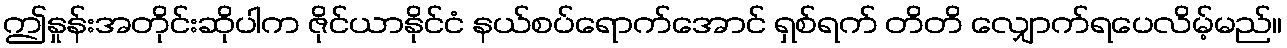
ဤနှုန်းအတိုင်းဆိုပါက ဇိုင်ယာနိုင်ငံ နယ်စပ်ရောက်အောင် ရှစ်ရက် တိတိ လျှောက်ရပေလိမ့်မည်။